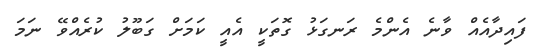
ފައިދާއެއް ވާނެ އެންމެ ރަނގަޅު ގޮތަކީ އެއީ ކަމަށް ގަބޫލު ކުރެއްވޭ ނަމަ